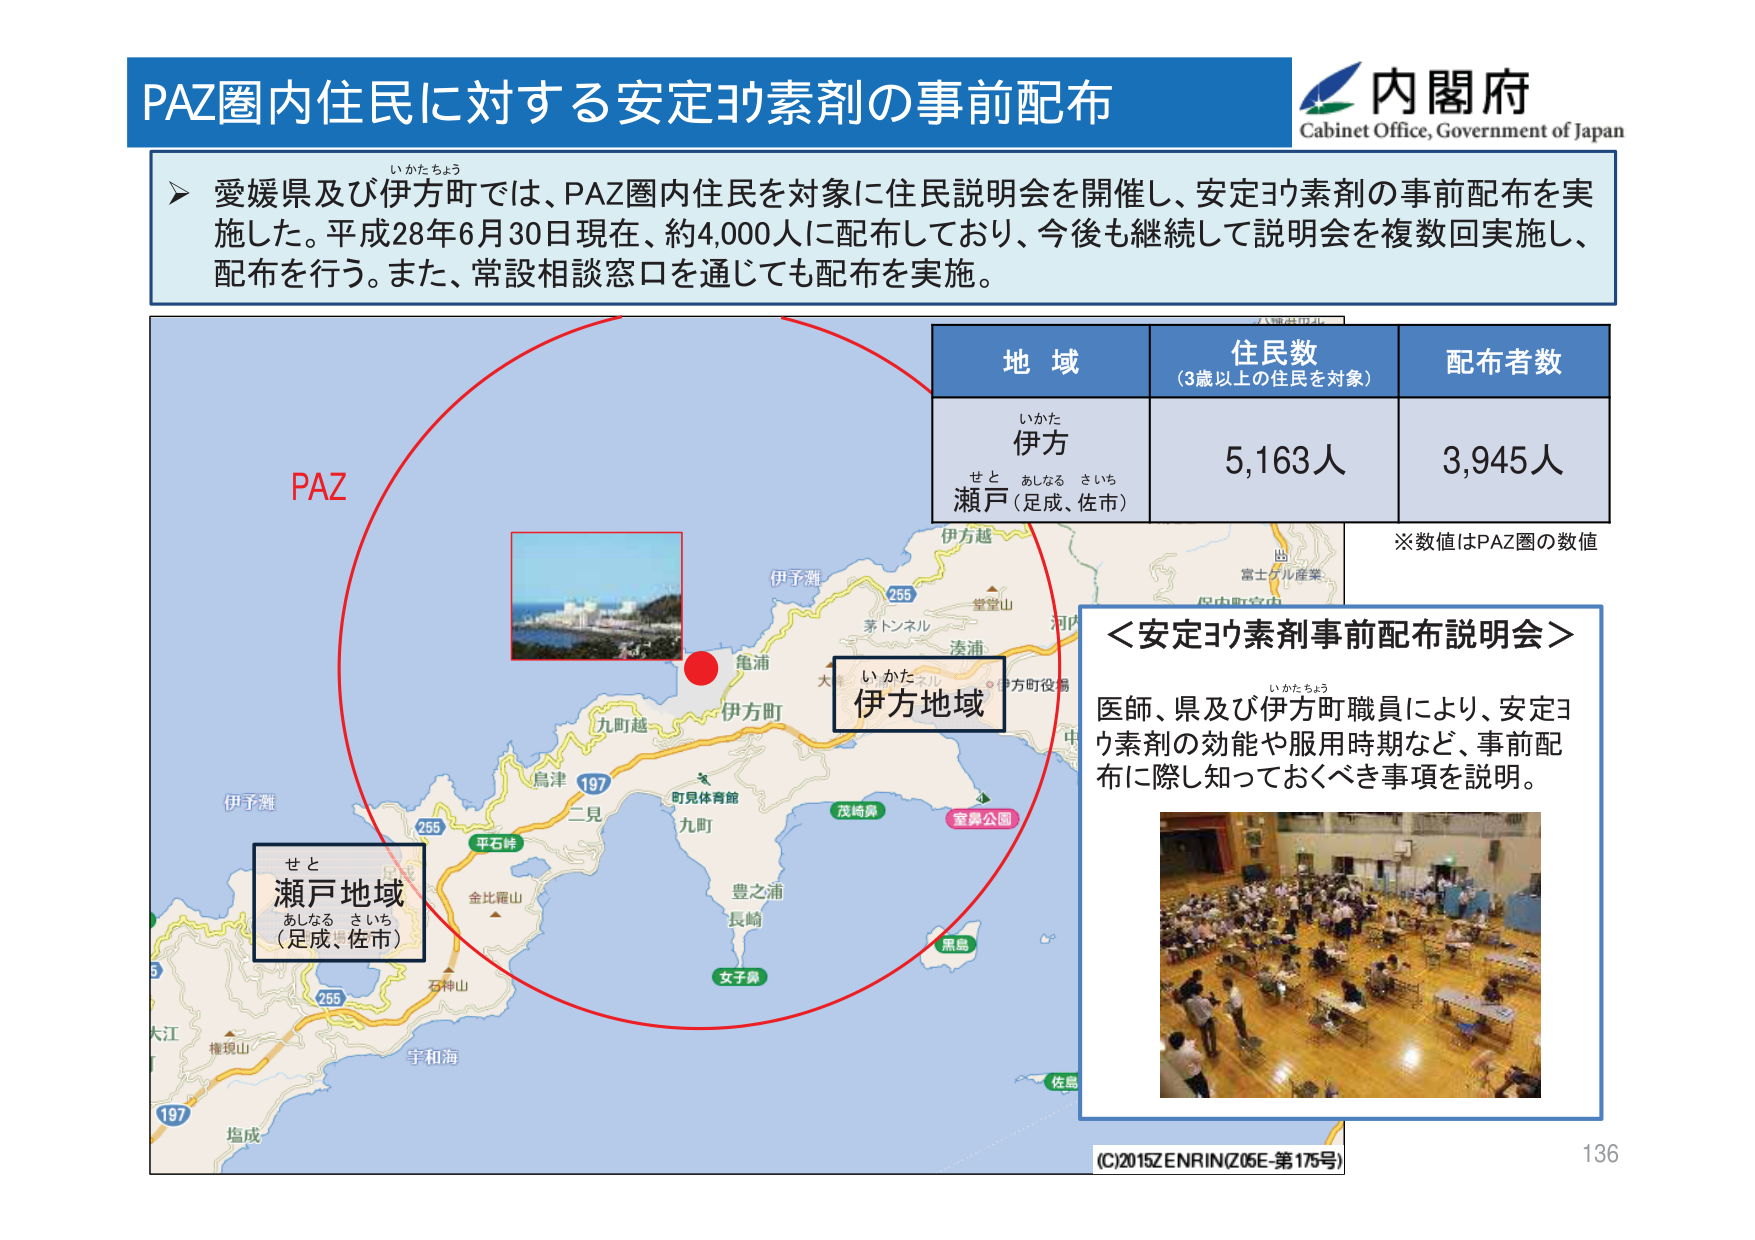
PAZ圏内住民に対する安定ヨウ素剤の事前配布
内閣府
Cabinet Office, Government of Japan

→ 愛媛県及び伊方町では、PAZ圏内住民を対象に住民説明会を開催し、安定ヨウ素剤の事前配布を実施した。平成28年6月30日現在、約4,000人に配布しており、今後も継続して説明会を複数回実施し、配布を行う。また、常設相談窓口を通じても配布を実施。

PAZ
いかけちょう
伊方
せと あしなる さいち
瀬戸（足成、佐市）
伊方地域
いかけ
伊方町
亀浦
伊予灘
九町越
鳥津
二見
平石峠
金比羅山
石神山
大江
権現山
塩成
宇和海
町見体育館
九町
豊之浦
長崎
女子島
黒島
佐島
茂崎鼻
室鼻公園
茅トンネル
伊方越
堂堂山
河内
富士ケル産業
保内町字中
伊方町役場
中
255
255
197
197
255

地域
住民数
（3歳以上の住民を対象）
配布者数
伊方
瀬戸（足成、佐市）
5,163人
3,945人
※数値はPAZ圏の数値

＜安定ヨウ素剤事前配布説明会＞
医師、県及び伊方町職員により、安定ヨウ素剤の効能や服用時期など、事前配布に際し知っておくべき事項を説明。

せと
瀬戸地域
あしなる さいち
（足成、佐市）

(C)2015ZENRIN(Z05E-第175号)
136